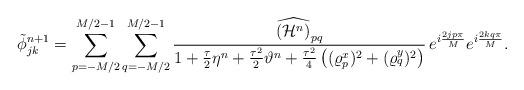
LaTeX: \begin{align*}\tilde{\phi}_{jk}^{n+1}=\sum_{p=-M/2}^{M/2 -1} \sum_{q=-M / 2}^{M/2-1}\frac{\widehat{(\mathcal{H}^n)}_{pq}}{1+\frac{\tau}{2}\eta^n+\frac{\tau^2}{2}\vartheta^n+\frac{\tau^2}{4}\left((\varrho^{x}_{p})^2+(\varrho^{y}_{q})^2\right)}\, e^{i \frac{2j p \pi}{M}} e^{i \frac{2k q \pi}{M}}. \end{align*}